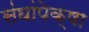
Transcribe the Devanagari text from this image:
संघांपेक्षा